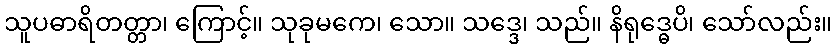
သူပဓာရိတတ္တာ၊ ကြောင့်။ သုခုမကေ၊ သော။ သဒ္ဒေ၊ သည်။ နိရုဒ္ဓေပိ၊ သော်လည်း။